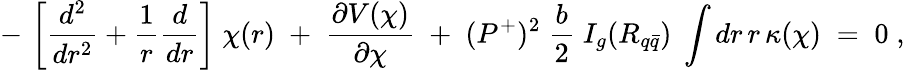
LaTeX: -\, \left[\frac{d^{2}}{dr^{2}}+\frac{1}{r}\frac{d}{dr}\right]\; \chi(r)\; +\; \frac{\partial V(\chi)}{\partial\chi}\; +\; (P^{+})^{2}\; \frac{b}{2}\; I_{g}(R_{q\bar{q}})\; \int dr\, r\, \kappa(\chi)\; =\; 0\; ,